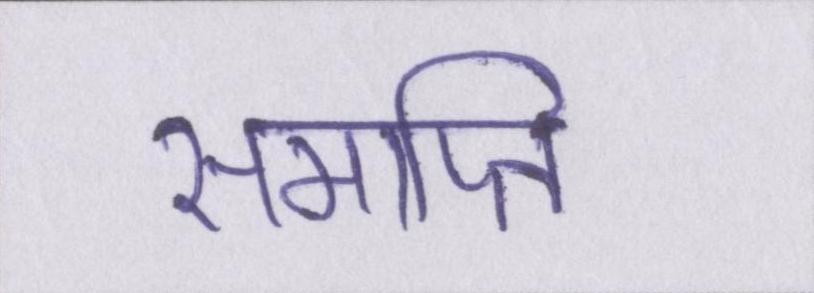
समाप्ति